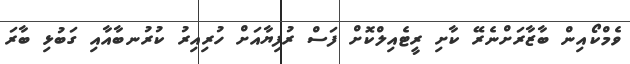
ވެމްކޯއިން ބާޒާރަށްނެރޭ ކާށި ރީޓެއިލްކޮށް ފަސް ރުފިޔާއަށް ހުރިއިރު ކުރުނބާއާއި ގަބުޅި ބާރަ